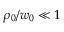
\rho _ { 0 } / w _ { 0 } \ll 1